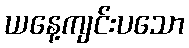
ယနေ့ကျင်းပသော